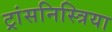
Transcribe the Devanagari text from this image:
ट्रांसनिस्त्रिया